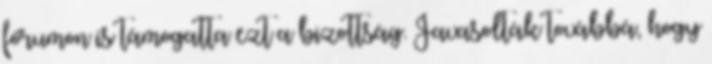
fórumon is támogatta ezt a bizottság. Javasolták továbbá, hogy